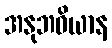
အနုဘဝိယာန